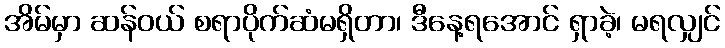
အိမ်မှာ ဆန်ဝယ် စရာပိုက်ဆံမရှိတာ၊ ဒီနေ့ရအောင် ရှာခဲ့၊ မရလျှင်